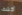
أكشف